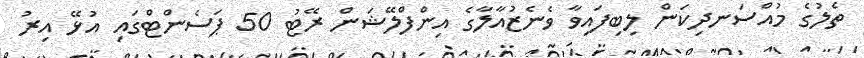
ތެލުގެ މުއްސަނދިކަން ލިބިފައިވާ ވެނެޒުއާލާގެ އިންފްލޭޝަން ރޭޓު 50 ޕަސެންޓްގައި އުޅޭ އިރު